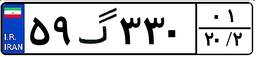
۵۹گ۳۳۰۰۱